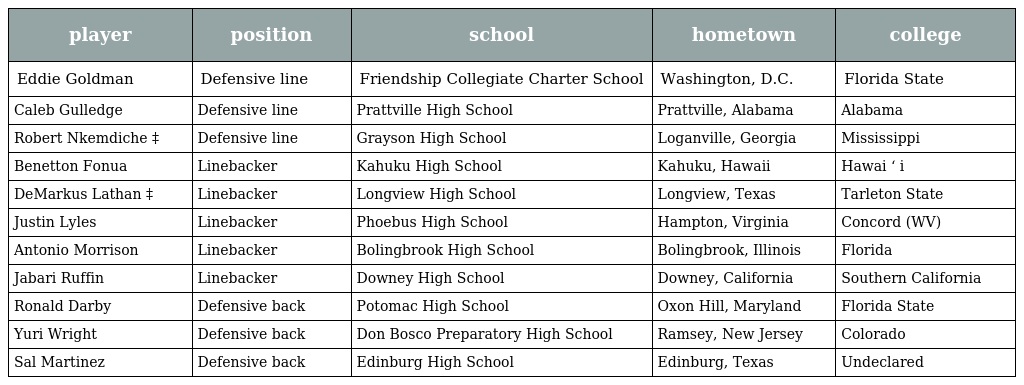
| player | position | school | hometown | college |
 | --- | --- | --- | --- | --- |
 | Eddie Goldman | Defensive line | Friendship Collegiate Charter School | Washington, D.C. | Florida State |
 | Caleb Gulledge | Defensive line | Prattville High School | Prattville, Alabama | Alabama |
 | Robert Nkemdiche ‡ | Defensive line | Grayson High School | Loganville, Georgia | Mississippi |
 | Benetton Fonua | Linebacker | Kahuku High School | Kahuku, Hawaii | Hawai ʻ i |
 | DeMarkus Lathan ‡ | Linebacker | Longview High School | Longview, Texas | Tarleton State |
 | Justin Lyles | Linebacker | Phoebus High School | Hampton, Virginia | Concord (WV) |
 | Antonio Morrison | Linebacker | Bolingbrook High School | Bolingbrook, Illinois | Florida |
 | Jabari Ruffin | Linebacker | Downey High School | Downey, California | Southern California |
 | Ronald Darby | Defensive back | Potomac High School | Oxon Hill, Maryland | Florida State |
 | Yuri Wright | Defensive back | Don Bosco Preparatory High School | Ramsey, New Jersey | Colorado |
 | Sal Martinez | Defensive back | Edinburg High School | Edinburg, Texas | Undeclared |